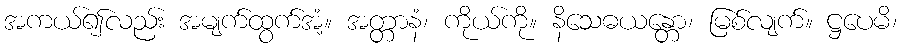
အကယ်၍လည်း အမျက်ထွက်အံ့။ အတ္တာနံ၊ ကိုယ်ကို။ နိသေဓယန္တော၊ မြစ်လျက်။ ဋ္ဌပေမိ၊